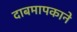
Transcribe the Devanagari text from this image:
दाबमापकाने